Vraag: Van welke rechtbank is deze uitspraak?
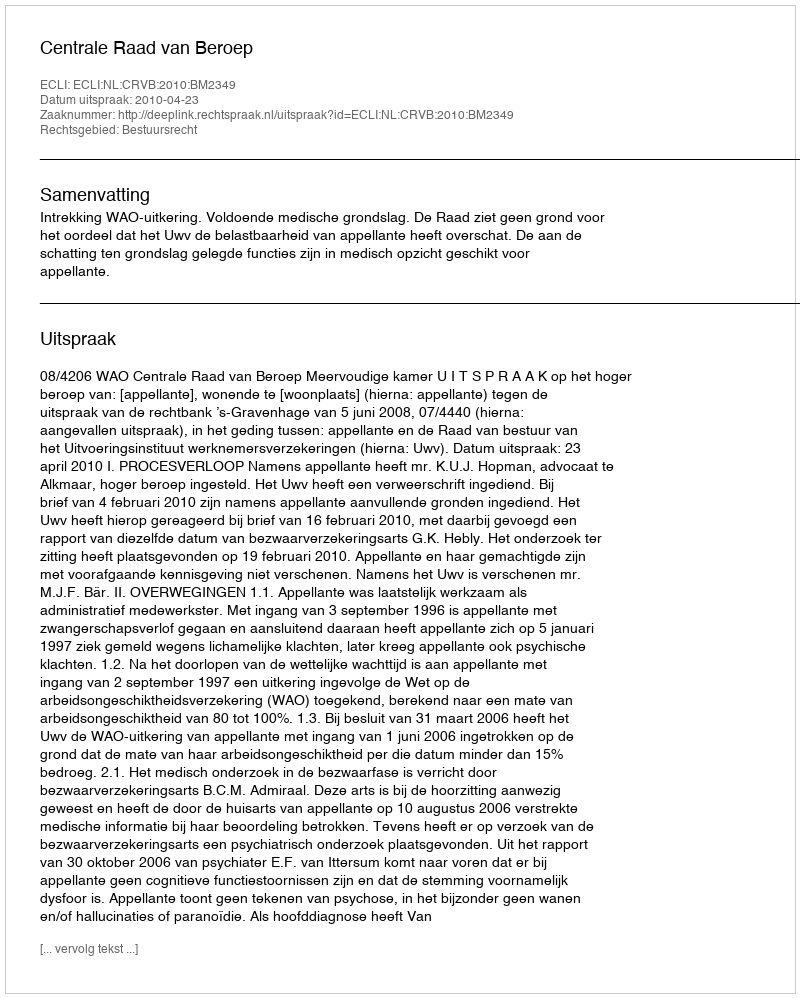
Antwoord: Centrale Raad van Beroep